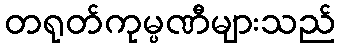
တရုတ်ကုမ္ပဏီများသည်